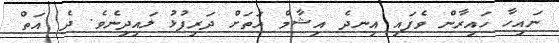
ނައިހާ ހައިރާން ވެފައި އިނދެ އިޝާމް އަތަށް ދަރިފުޅު ލައިދިނެވެ. ދެ އަތް